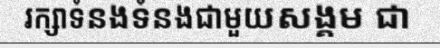
រក្សាទំនងទំនងជាមួយសង្គម ជា